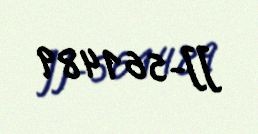
JJ-561489